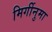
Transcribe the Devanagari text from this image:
मिर्गीनुमा